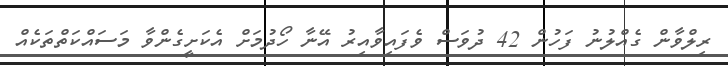
ރިލްވާން ގެއްލުނު ފަހުން 42 ދުވަސް ވެފައިވާއިރު އޭނާ ހޯދުމަށް އެކަށީގެންވާ މަސައްކަތްތަކެއް